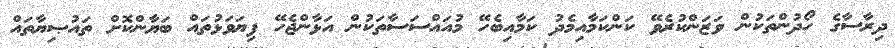
ދިރާސާގެ ހޯދުންތަކުން ވަޒަންކުރެވޭ ކަންކަމާއިމެދު ކަމާއިބެހޭ މުއައްސަސާތަކުން އަޅާންޖެހޭ ފިޔަވަޅުތައް ބަޔާންކޮށް ތައުޞިޔާތައް